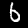
Label: 6